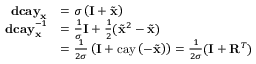
\begin{array} { r l } { \mathbf { d c a y } _ { \mathbf { x } } } & { = \sigma \left( \mathbf { I } + \tilde { \mathbf { x } } \right) } \\ { \mathbf { d c a y } _ { \mathbf { x } } ^ { - 1 } } & { = \frac { 1 } { \sigma } \mathbf { I } + \frac { 1 } { 2 } ( \tilde { \mathbf { x } } ^ { 2 } - \tilde { \mathbf { x } } ) } \\ & { = \frac { 1 } { 2 \sigma } \left( \mathbf { I } + \mathrm { c a y } \left( - \tilde { \mathbf { x } } \right) \right) = \frac { 1 } { 2 \sigma } ( \mathbf { I } + \mathbf { R } ^ { T } ) } \end{array}